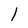
Character: 1